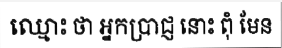
ឈ្មោះ ថា អ្នកប្រាជ្ញ នោះ ពុំ មែន